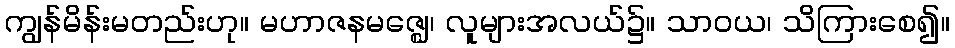
ကျွန်မိန်းမတည်းဟု။ မဟာဇနမဇ္ဈေ၊ လူများအလယ်၌။ သာဝယ၊ သိကြားစေ၍။